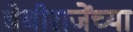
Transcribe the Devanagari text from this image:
बेबीराजेंच्या